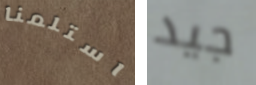
استلمنا جيد